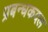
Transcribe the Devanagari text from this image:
प्रबन्धकदल